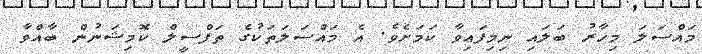
މައްސަލަ މިހާރު ބަލައި ނިމިފައިވާ ކަމަށެވެ. އެ މައްސަލަތަކުގެ ތަފްސީލް ކޮމިޝަނުން ބާއްވާ